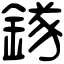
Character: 𨪂